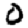
Digit: 0